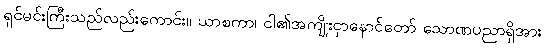
ရှင်မင်းကြီးသည်လည်းကောင်း။ ယာစကာ၊ ငါ၏အကျိုးငှာနောင်တော် သောဏပညာရှိအား